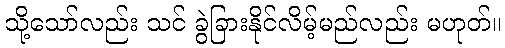
သို့သော်လည်း သင် ခွဲခြားနိုင်လိမ့်မည်လည်း မဟုတ်။